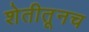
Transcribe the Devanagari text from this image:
शेतीतूनच